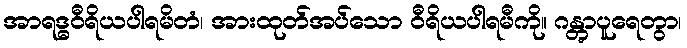
အာရဒ္ဓဝီရိယပါရမိတံ၊ အားထုတ်အပ်သော ဝီရိယပါရမီကို။ ဂန္တွာပူရေတွာ၊